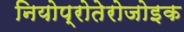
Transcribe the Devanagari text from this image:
नियोप्रोतेरोजोइक